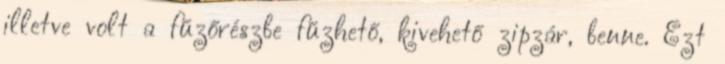
illetve volt a fűzőrészbe fűzhető, kivehető zipzár, benne. Ezt